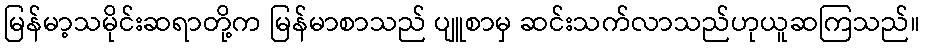
မြန်မာ့သမိုင်းဆရာတို့က မြန်မာစာသည် ပျူစာမှ ဆင်းသက်လာသည်ဟုယူဆကြသည်။